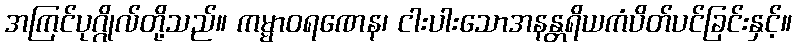
အကြင်ပုဂ္ဂိုလ်တို့သည်။ ကမ္မာဝရဏေန၊ ငါးပါးသောအနန္တရိယကံပိတ်ပင်ခြင်းနှင့်။